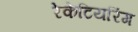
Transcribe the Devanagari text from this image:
रेकेटियरिंग